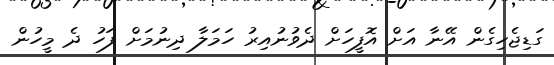
ގަޑިޖެހިގެން އޭނާ އަށް އޮފީހަށް ދެވުނުއިރު ހަމަލާ ދިނުމަށް ފަހު ދެ މީހުން